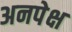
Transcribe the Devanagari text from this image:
अनपेक्ष